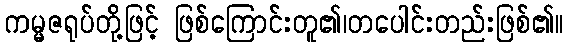
ကမ္မဇရုပ်တို့ဖြင့် ဖြစ်ကြောင်းတူ၏၊တပေါင်းတည်းဖြစ်၏။